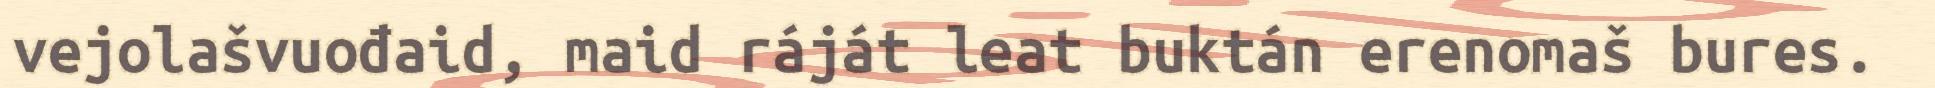
vejolašvuođaid, maid ráját leat buktán erenomaš bures.